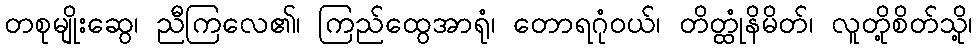
တစုမျိုးဆွေ၊ ညီကြလေ၏၊ ကြည်ထွေအာရုံ၊ တောရဂုံဝယ်၊ တိတ္ထုံနိမိတ်၊ လူတို့စိတ်သို့၊